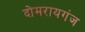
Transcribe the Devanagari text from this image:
दोमरायगंज